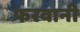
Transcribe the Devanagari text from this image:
फरवानी